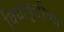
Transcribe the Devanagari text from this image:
विद्यावृद्धीच्या